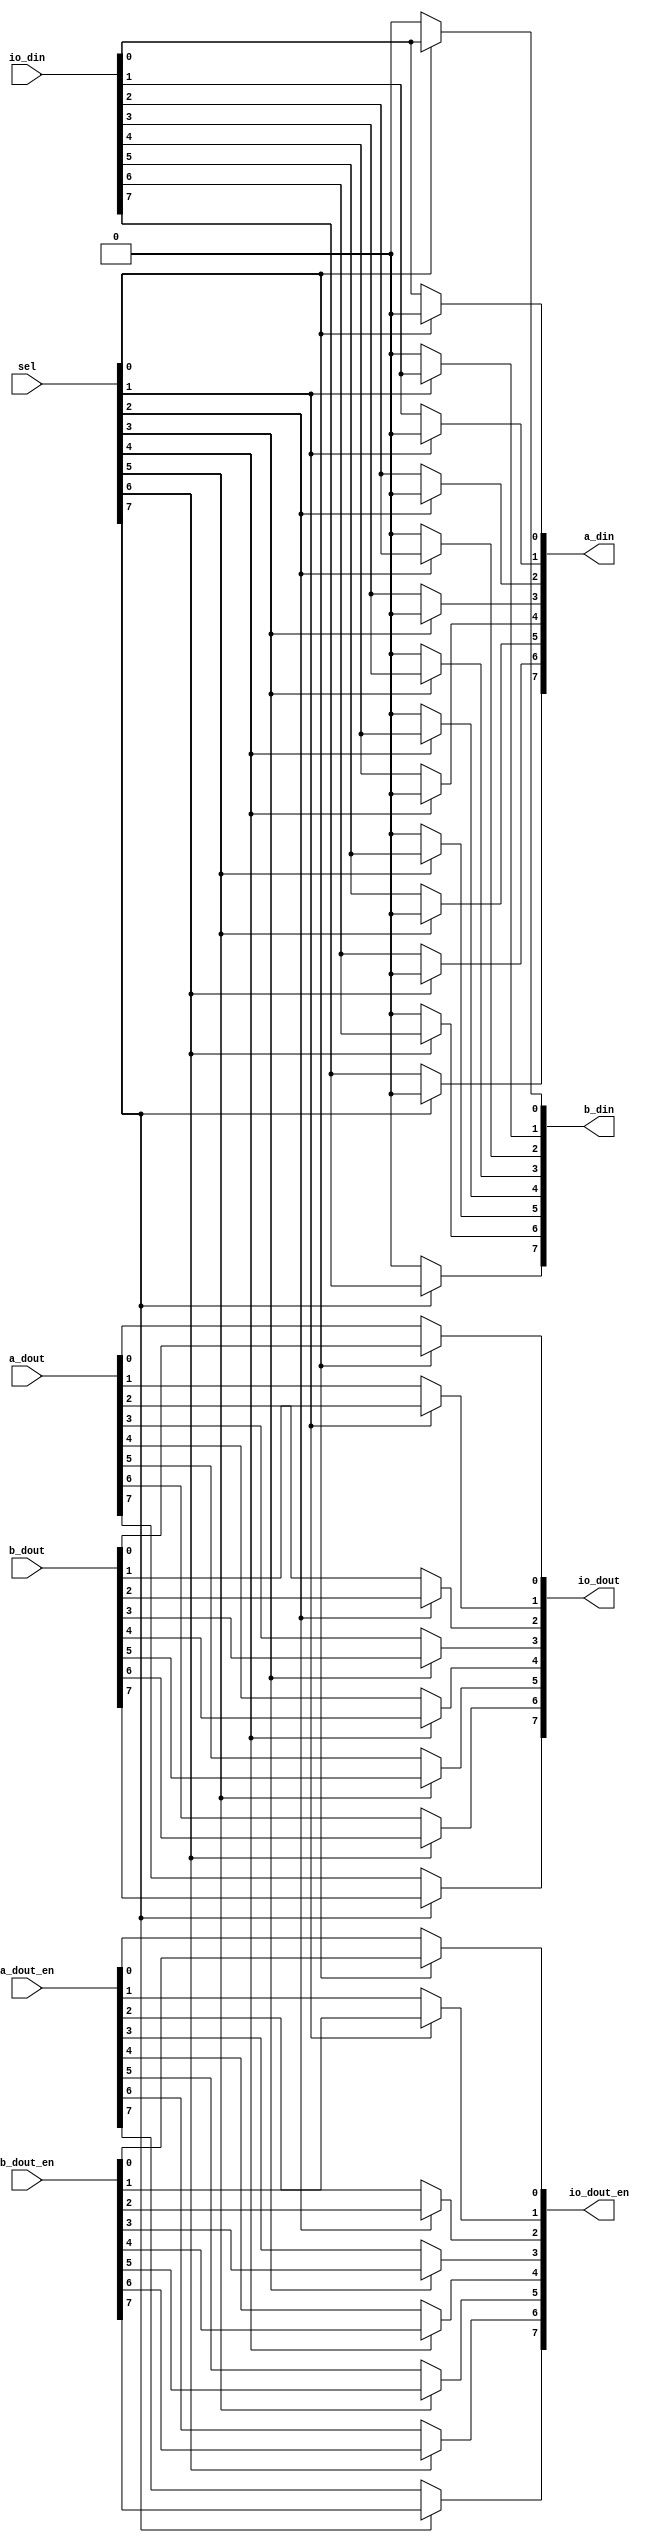
module  io_mux (
    a_din,
    a_dout,
    a_dout_en,
    b_din,
    b_dout,
    b_dout_en,
    io_din,
    io_dout,
    io_dout_en,
    sel
);
parameter          WIDTH = 8;
output [WIDTH-1:0] a_din;
input  [WIDTH-1:0] a_dout;
input  [WIDTH-1:0] a_dout_en;
output [WIDTH-1:0] b_din;
input  [WIDTH-1:0] b_dout;
input  [WIDTH-1:0] b_dout_en;
input  [WIDTH-1:0] io_din;
output [WIDTH-1:0] io_dout;
output [WIDTH-1:0] io_dout_en;
input  [WIDTH-1:0] sel;
function [WIDTH-1:0] mux (
   input [WIDTH-1:0] A,
   input [WIDTH-1:0] B,
   input [WIDTH-1:0] SEL
);
   integer i;   
   begin
      mux = {WIDTH{1'b0}};
      for (i = 0; i < WIDTH; i = i + 1)
	mux[i] = sel[i] ? B[i] : A[i];
   end
endfunction
assign a_din      = mux(       io_din, {WIDTH{1'b0}}, sel);
assign b_din      = mux({WIDTH{1'b0}},        io_din, sel);
assign io_dout    = mux(       a_dout,        b_dout, sel);
assign io_dout_en = mux(    a_dout_en,     b_dout_en, sel);
endmodule